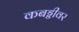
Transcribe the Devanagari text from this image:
कबड्डीवर